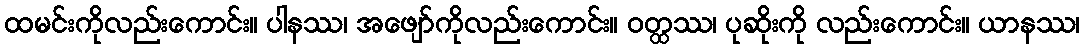
ထမင်းကိုလည်းကောင်း။ ပါနဿ၊ အဖျော်ကိုလည်းကောင်း။ ဝတ္ထဿ၊ ပုဆိုးကို လည်းကောင်း။ ယာနဿ၊